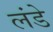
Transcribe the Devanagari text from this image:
लंडे